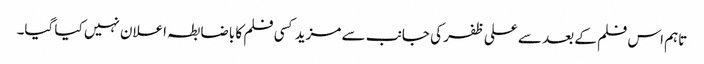
تاہم اس فلم کے بعد سے علی ظفر کی جانب سے مزید کسی فلم کا باضابطہ اعلان نہیں کیا گیا۔